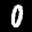
Label: 0